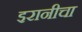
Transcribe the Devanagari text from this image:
इरानीचा